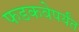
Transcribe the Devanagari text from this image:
फडकवेपर्यंत